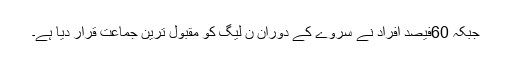
جبکہ 60فیصد افراد نے سروے کے دوران ن لیگ کو مقبول ترین جماعت قرار دیا ہے۔